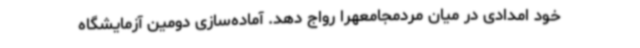
خود امدادی در میان مردمجامعهرا رواج دهد. آماده‌سازی دومین آزمایشگاه